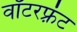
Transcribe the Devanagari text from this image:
वॉटरफ़्रंट